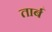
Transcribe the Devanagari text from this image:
तार्ब